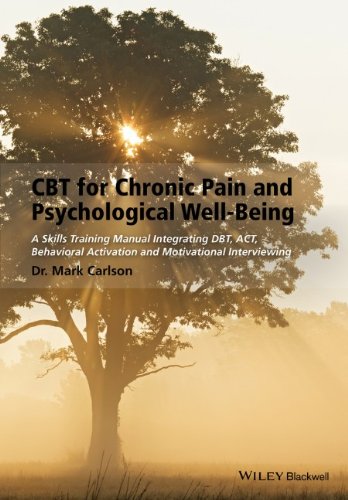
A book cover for CBT for Chronic Pain and Psychological Well-Being: A Skills Training Manual Integrating DBT, ACT, Behavioral Activation and Motivational Interviewing; Mark Carlson; Health, Fitness & Dieting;